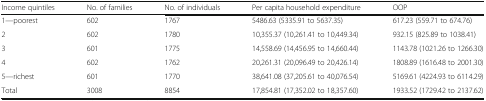
<table><thead><tr><td><b>Income quintiles</b></td><td><b>No. of families</b></td><td><b>No. of individuals</b></td><td><b>Per capita household expenditure</b></td><td><b>OOP</b></td></tr></thead><tbody><tr><td>1—poorest</td><td>602</td><td>1767</td><td>5486.63 (5335.91 to 5637.35)</td><td>617.23 (559.71 to 674.76)</td></tr><tr><td>2</td><td>602</td><td>1780</td><td>10,355.37 (10,261.41 to 10,449.34)</td><td>932.15 (825.89 to 1038.41)</td></tr><tr><td>3</td><td>601</td><td>1775</td><td>14,558.69 (14,456.95 to 14,660.44)</td><td>1143.78 (1021.26 to 1266.30)</td></tr><tr><td>4</td><td>602</td><td>1762</td><td>20,261.31 (20,096.49 to 20,426.14)</td><td>1808.89 (1616.48 to 2001.30)</td></tr><tr><td>5—richest</td><td>601</td><td>1770</td><td>38,641.08 (37,205.61 to 40,076.54)</td><td>5169.61 (4224.93 to 6114.29)</td></tr><tr><td>Total</td><td>3008</td><td>8854</td><td>17,854.81 (17,352.02 to 18,357.60)</td><td>1933.52 (1729.42 to 2137.62)</td></tr></tbody></table>